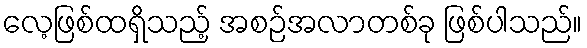
လေ့ဖြစ်ထရှိသည့် အစဉ်အလာတစ်ခု ဖြစ်ပါသည်။